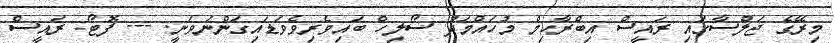
މިރޭގެ ޖަލްސާގައި ރައީސް އިބްރާހިމް މުހައްމަދު ސޯލިހް ބައިވެރިވެވަޑައިގަންނަވަނީ. --- ފޮޓޯ: ރައީސް